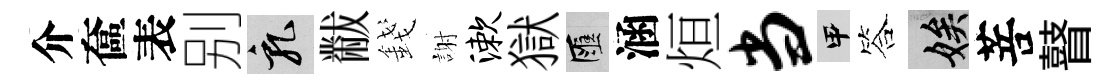
介奩表别乳黻錢謝漱獄匯涵烜当甲答娭菩瞽